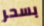
بسحر